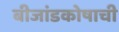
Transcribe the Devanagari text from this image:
बीजांडकोषाची